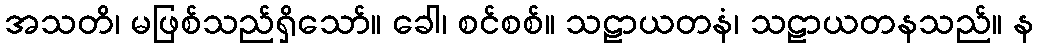
အသတိ၊ မဖြစ်သည်ရှိသော်။ ခေါ၊ စင်စစ်။ သဠာယတနံ၊ သဠာယတနသည်။ န